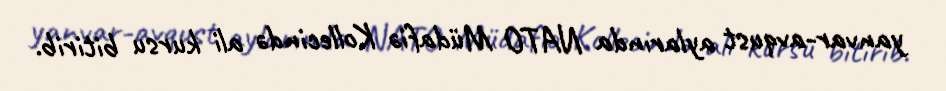
yanvar-avqust aylarında NATO Müdafiə Kollecində ali kursu bitirib.